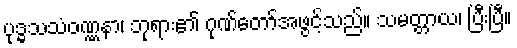
ပုဒ္ဓသသံဝဏ္ဏနာ၊ ဘုရား၏ ဂုဏ်တော်အဖွင့်သည်။ သမတ္တာယ၊ ပြီးပြီ။